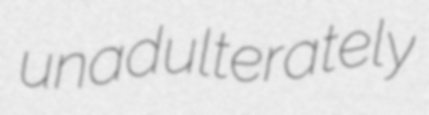
unadulterately